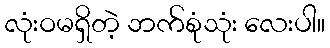
လုံးဝမရှိတဲ့ ဘက်စုံသုံး လေးပါ။